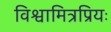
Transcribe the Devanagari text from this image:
विश्वामित्रप्रियः